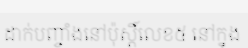
ដាក់បញ្ចាំងនៅប៉ុស្តិ៍លេខ៥ នៅក្នុង